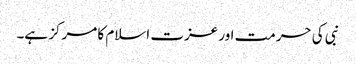
نبی کی حرمت اور عزت اسلام کا مرکز ہے۔